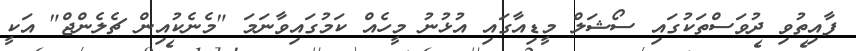
ފާއިތުވި ދުވަސްތަކުގައި ސޯޝަލް މީޑިއާގައި އުޅުނު މީހެއް ކަމުގައިވާނަމަ "މެނެކުއިން ޗެލެންްޖް" އަކީ